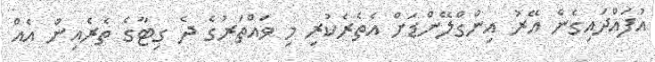
އުފައްދައިގެން އޭރު އިންގްލޭންޑަށް އެތެރެކުރި މި ވައްތަރުގެ ދެ ގިޓާގެ ތެރެއިން އެއް